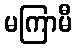
မကြာမီ